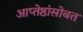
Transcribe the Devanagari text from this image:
आप्तेष्ठांसोबत